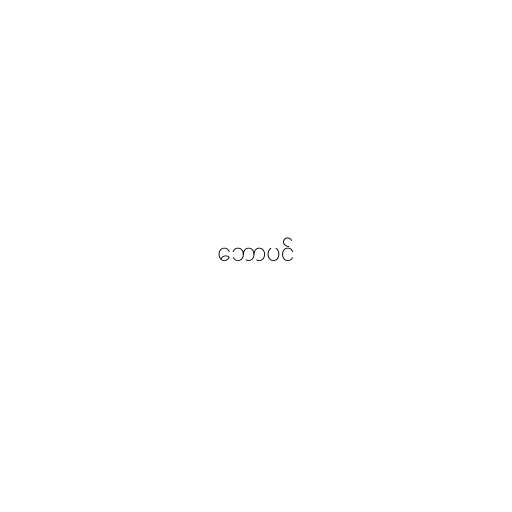
ဘောပင်